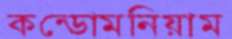
কন্ডোমনিয়াম